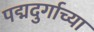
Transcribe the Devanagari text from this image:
पद्मदुर्गाच्या